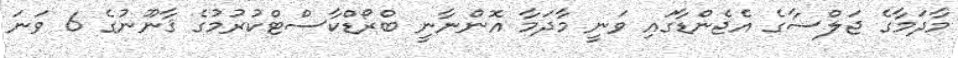
މާދަމާގެ ޖަލްސާގެ އެޖެންޑާގައި ވަނީ މާދަމާ އޮންނާނީ ބްރޯޑްކާސްޓްކުރުމުގެ ޤާނޫނުގެ 6 ވަނަ